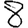
Digit: 8